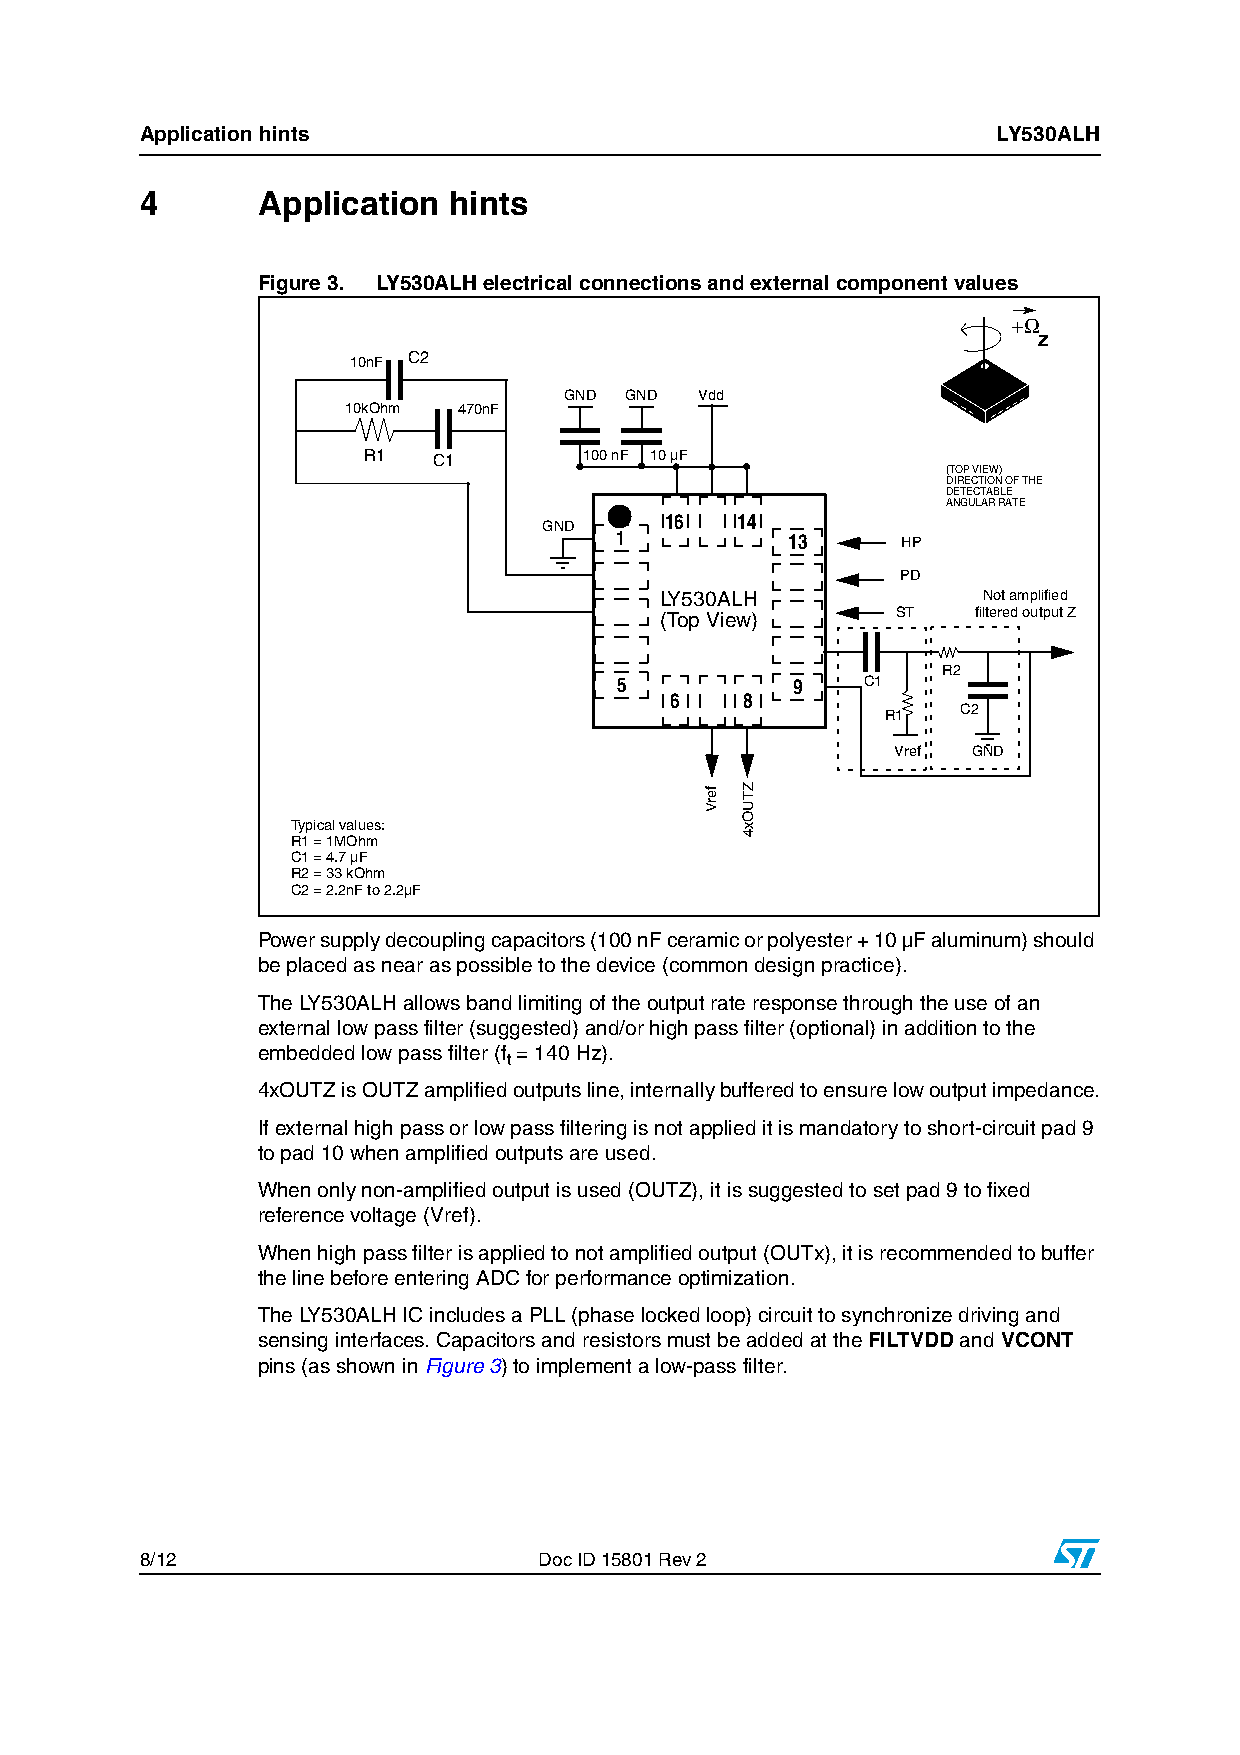
Application hints                                        LY530ALH
 4       Application  hints
 Figure 3. LY530ALH electrical connections and external component values
 + Ω
 z
 10nF C2
 GND GND  Vdd
 10kOhm 470nF
 R1   C1        100 nF 10 µF
 (TOP VIEW)
 DIRECTION OF THE
 DETECTABLE
 ANGULAR RATE
 16   14
 GND
 1          13      HP
 PD
 LY530ALH             Not amplified
 (Top View)     ST    filtered output Z
 R2
 5          9    C1
 6    8
 C2
 R1
 Vref GND
 Typical values:
 R1 = 1MOhm
 C1 = 4.7 µF
 R2 = 33 kOhm
 C2 = 2.2nF to 2.2µF
 Power supply decoupling capacitors (100 nF ceramic or polyester + 10 µF aluminum) should
 be placed as near as possible to the device (common design practice).
 The LY530ALH allows band limiting of the output rate response through the use of an
 external low pass filter (suggested) and/or high pass filter (optional) in addition to the
 embedded low pass filter (f = 140 Hz).
 t
 4xOUTZ is OUTZ amplified outputs line, internally buffered to ensure low output impedance.
 If external high pass or low pass filtering is not applied it is mandatory to short-circuit pad 9
 to pad 10 when amplified outputs are used.
 When only non-amplified output is used (OUTZ), it is suggested to set pad 9 to fixed
 reference voltage (Vref).
 When high pass filter is applied to not amplified output (OUTx), it is recommended to buffer
 the line before entering ADC for performance optimization.
 The LY530ALH IC includes a PLL (phase locked loop) circuit to synchronize driving and
 sensing interfaces. Capacitors and resistors must be added at the FILTVDD and VCONT
 pins (as shown in Figure3) to implement a low-pass filter.
 8/12                       Doc ID 15801 Rev 2
 ferV ZTUOx4